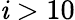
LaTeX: \mathit{i}>10